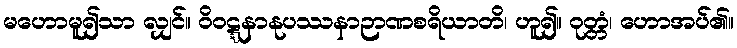
မဟောမူ၍သာ လျှင်။ ဝိဝဋ္ဋနာနုပဿနာဉာဏစရိယာတိ၊ ဟူ၍။ ဝုတ္တံ၊ ဟောအပ်၏။